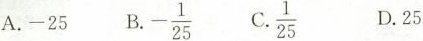
A.-25 B.-\frac{1}{25} C.\frac{1}{25} D.25